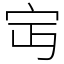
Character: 𡧍